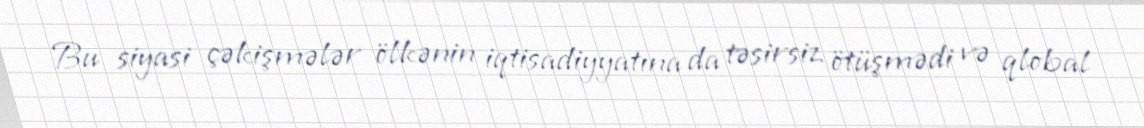
Bu siyasi çəkişmələr ölkənin iqtisadiyyatına da təsirsiz ötüşmədi və qlobal